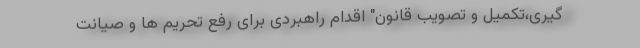
گیری،تکمیل و تصویب قانون" اقدام راهبردی برای رفع تحریم ها و صیانت